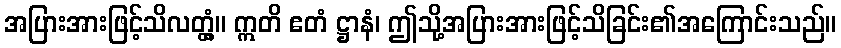
အပြားအားဖြင့်သိလတ္တံ့။ ဣတိ ဧတံ ဋ္ဌာနံ၊ ဤသို့အပြားအားဖြင့်သိခြင်း၏အကြောင်းသည်။